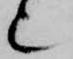
也